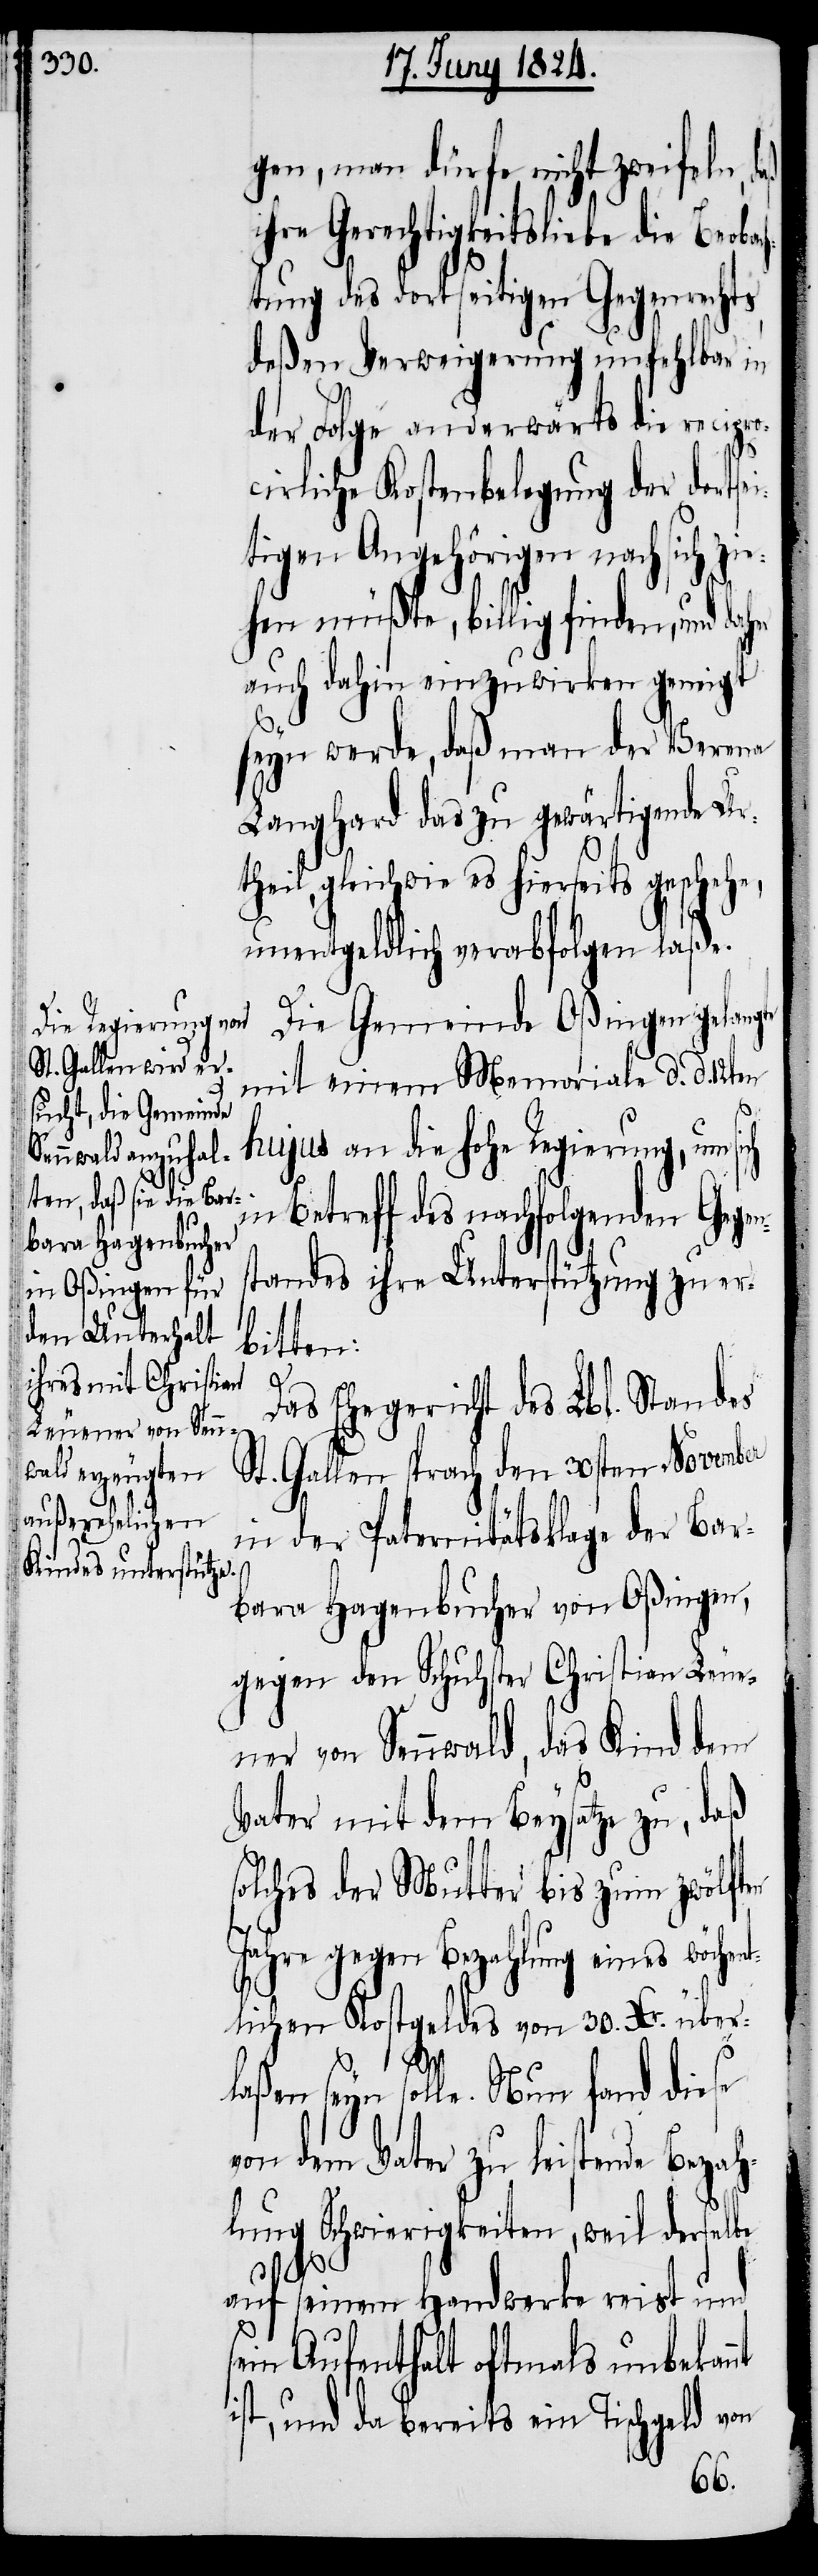
gen, man dürfe nicht zweifeln, d¬
ihre Gerechtigkeitsliebe die Beobach¬
tung des dortseitigen Gegenrechts
deßen Verweigerung unfehlbar in
der Folge anderwärts die recipr¬
cirliche Kostenbelegung der dortse¬
tigen Angehörigen nach sich
ehen müßte, billig finden, und dah¬
auch dahin einzuwirken geneigt
seyn werde, daß man der Verena
Langhard das zu gewärtigende Urt¬
heil, gleichwie es hierseits geschehe,
unentgeldlich verabfolgen laße.
Das Ehegericht des Lbl. Standes
St. Gallen sprach den 30sten November
in der Paternitätsklage der Bar¬
bara Hagenbucher von Oßingen,
gegen den Schuhster Christian Leue¬
ner von Sennwald, das Kind dem
Vater mit dem Beysatze zu, daß
solches der Mutter bis zum zwölften
Jahre gegen Bezahlung eines wöchent¬
zi¬
lichen Kostgeldes von 30. Xr. über¬
i¬
laßen
seyn solle. Nun fand diese
von dem Vater zu leistende Bezah¬
lung Schwierigkeiten, weil derselbe
nt
auf seinem Handwerke reist und
sein Aufenthalt oftmals unbekan¬
ist, und da bereits ein Tischgeld von